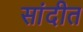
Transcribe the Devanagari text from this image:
सांदीत